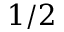
1 / 2